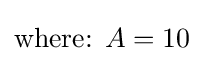
{\text{where: }}A=10